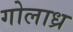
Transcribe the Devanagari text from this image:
गोलाध्र